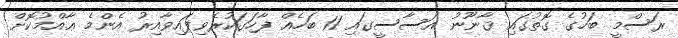
ރަސްމީ ބަހުގެ ގޮތުގައި ޤާނޫނު އަސާސީގައި 11 ބަހެއް ފާހަގަކުރެވިފައިވާއިރު އެންމެ ޢާއްމުކޮށް